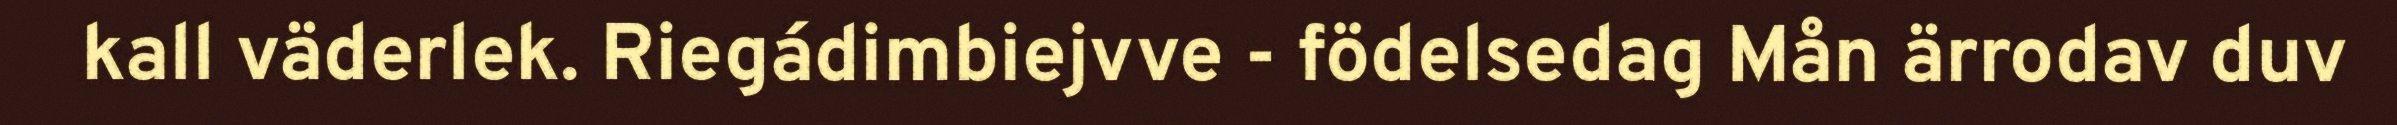
kall väderlek. Riegádimbiejvve - födelsedag Mån ärrodav duv